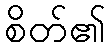
စိတ်၏